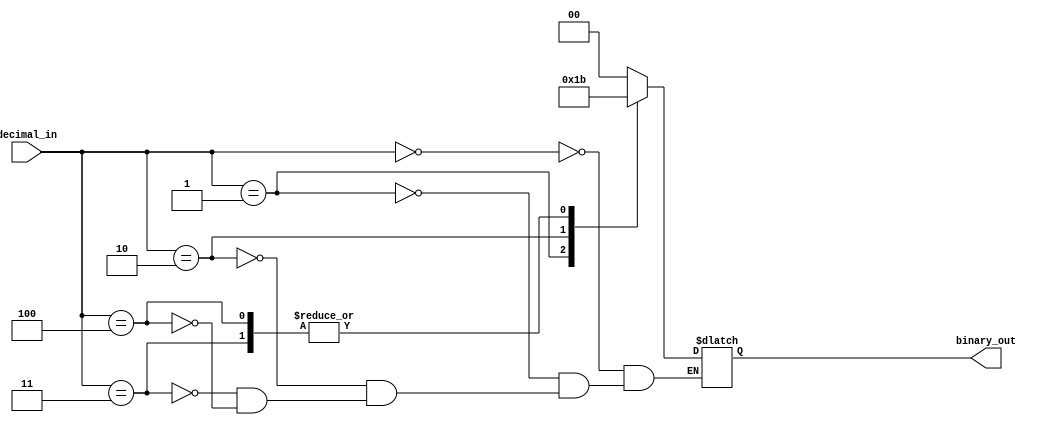
module decimal_priority_encoder (
    input [3:0] decimal_in,
    output reg [1:0] binary_out
);

always @(*) begin
    case(decimal_in)
        4'd0: binary_out = 2'b00;
        4'd1: binary_out = 2'b01;
        4'd2: binary_out = 2'b10;
        4'd3: binary_out = 2'b11;
        4'd4: binary_out = 2'b11; // Highest priority
        // Add more cases for larger decimal values
    endcase
end

endmodule